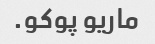
ماریو پوکو.